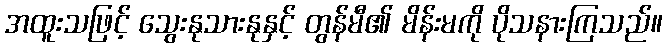
အထူးသဖြင့် သွေးနုသားနုနှင့် တွန်မီ၏ မိန်းမကို ပိုသနားကြသည်။